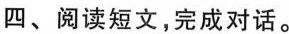
四、阅读短文,完成对话。